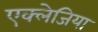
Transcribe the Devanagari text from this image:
एक्लेजिया